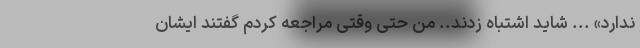
ندارد» ... شاید اشتباه زدند.. من حتی وقتی مراجعه کردم گفتند ایشان